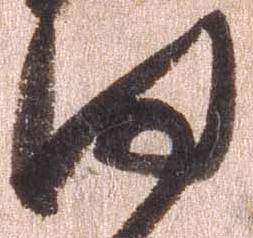
何